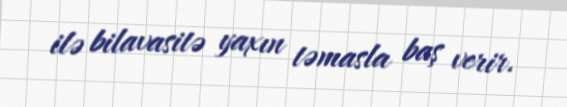
ilə bilavasitə yaxın təmasla baş verir.